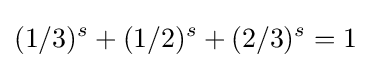
(1/3)^{s}+(1/2)^{s}+(2/3)^{s}=1